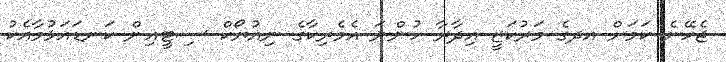
ޖެހޭނެ ކަމަށް އދގެ މަރުކަޒީ އިދާރާ ހުންނަ އެމެރިކާގެ ނިއުޔޯކް ސިޓީއިން ކަނޑައަޅުމާއެކު